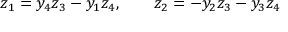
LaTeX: z _ { 1 } = y _ { 4 } z _ { 3 } - y _ { 1 } z _ { 4 } , \qquad z _ { 2 } = - y _ { 2 } z _ { 3 } - y _ { 3 } z _ { 4 }